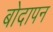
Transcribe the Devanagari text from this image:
बोदापन